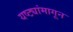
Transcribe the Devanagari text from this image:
यष्ट्यांमागून